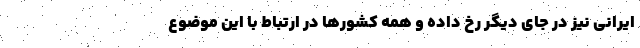
ایرانی نیز در جای دیگر رخ داده و همه کشورها در ارتباط با این موضوع